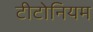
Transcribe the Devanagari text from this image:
टीटोनियम